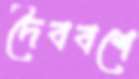
দৈববশে